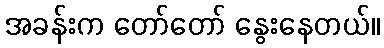
အခန်းက တော်တော် နွေးနေတယ်။